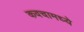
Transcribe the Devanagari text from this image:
कवचामध्ये